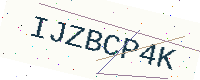
Text: IJZBCP4K